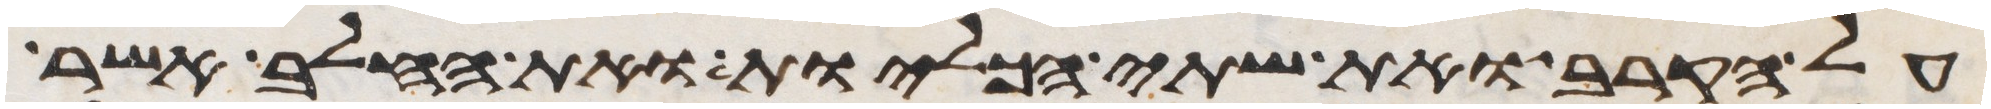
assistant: על הקרב ואת שתי הכליות ואת החלב אשר